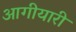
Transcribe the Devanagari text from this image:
आगीयारी